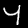
Digit: 4